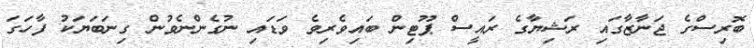
ބޮރިސްގެ ޖަނާޒާގައި ރަޝިޔާގެ ރައީސް ޕޫޓިން ބައިވެރިވެ ވަޑައި ނުގެންނެވުން ގިނަބަޔަކު ފާހަގަ